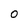
Character: 0